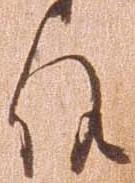
候